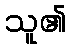
သူ၏